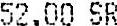
52.00 SR